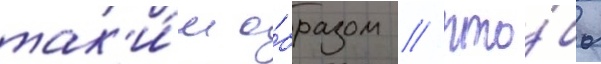
так'и́м о́бразом / что́бы